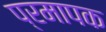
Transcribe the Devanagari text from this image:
प्रमापक